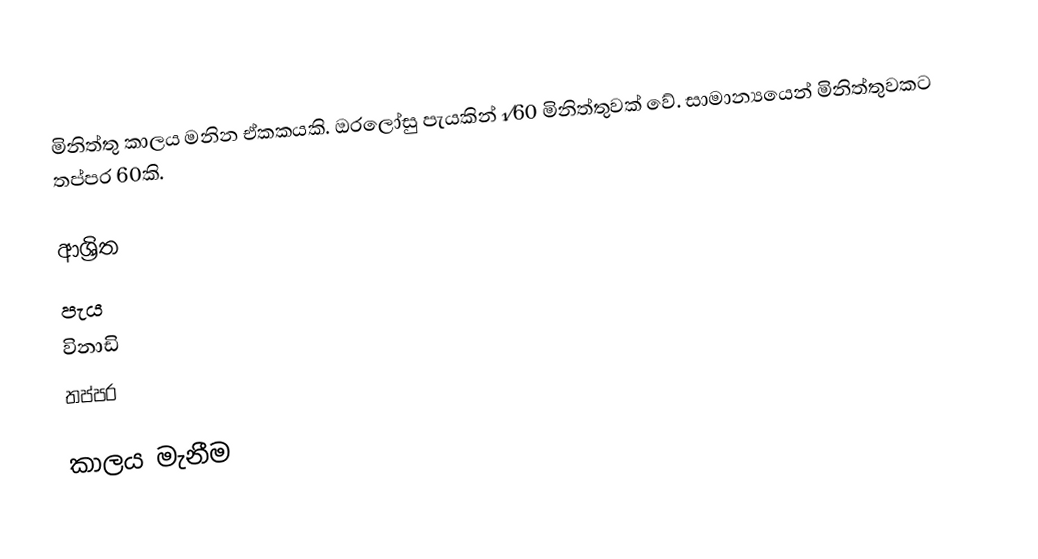
මිනිත්තු කාලය මනින ඒකකයකි. ඔරලෝසු පැයකින් 1⁄60 මිනිත්තුවක් වේ. සාමාන්‍යයෙන් මිනිත්තුවකට තප්පර 60කි.

ආශ්‍රිත
 පැය
 විනාඩි
 තප්පර

කාලය මැනීම